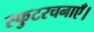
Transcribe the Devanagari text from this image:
स्फुटरचनाएँ।